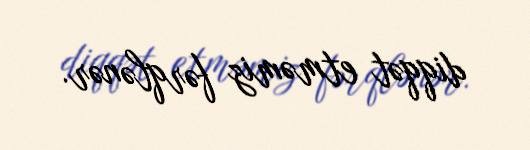
diqqət etməmiz fərqlənər.